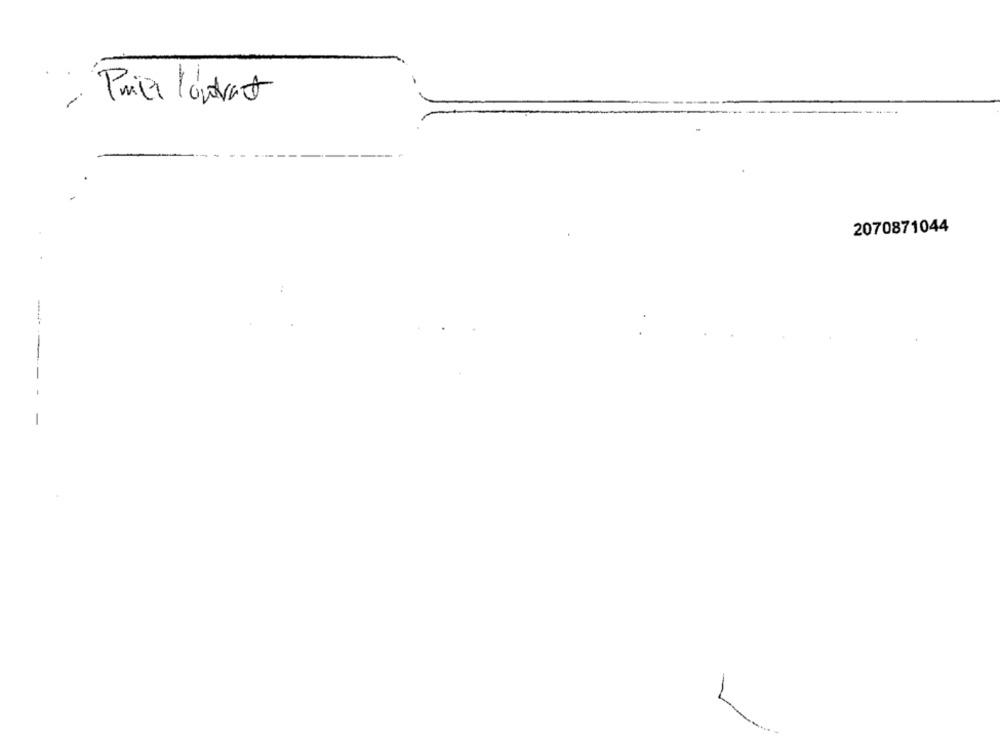
Prier Contract
2070871044